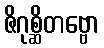
ဇိဂုစ္ဆိတဗ္ဗော